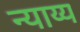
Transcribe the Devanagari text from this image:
न्‍याय्य